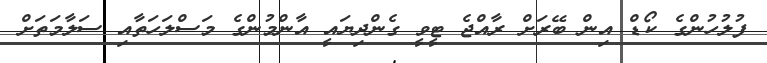
ފުލުހުންގެ ކޯޑް އިން ބޭރަށް ރާއްޖެ ޓީވީ ގެންދިޔައީ އާންމުންގެ މަސްލަހަތާއި ސަލާމަތަށް